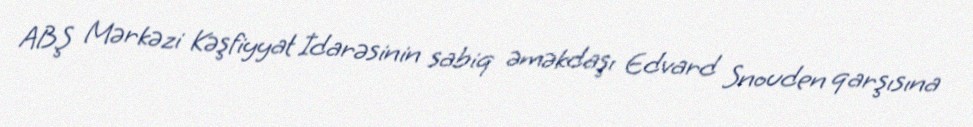
ABŞ Mərkəzi Kəşfiyyat İdarəsinin sabiq əməkdaşı Edvard Snouden qarşısına